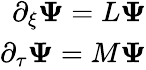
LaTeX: \begin{array}{r}{\partial_{\xi}{\mathbf\Psi}=L{\mathbf\Psi}}\\ {\partial_{\tau}{\mathbf\Psi}=M{\mathbf\Psi}}\end{array}